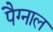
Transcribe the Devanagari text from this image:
पैग्नाल